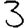
Digit: 3